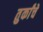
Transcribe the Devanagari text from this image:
तुर्कांचे